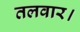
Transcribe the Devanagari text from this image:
तलवार।